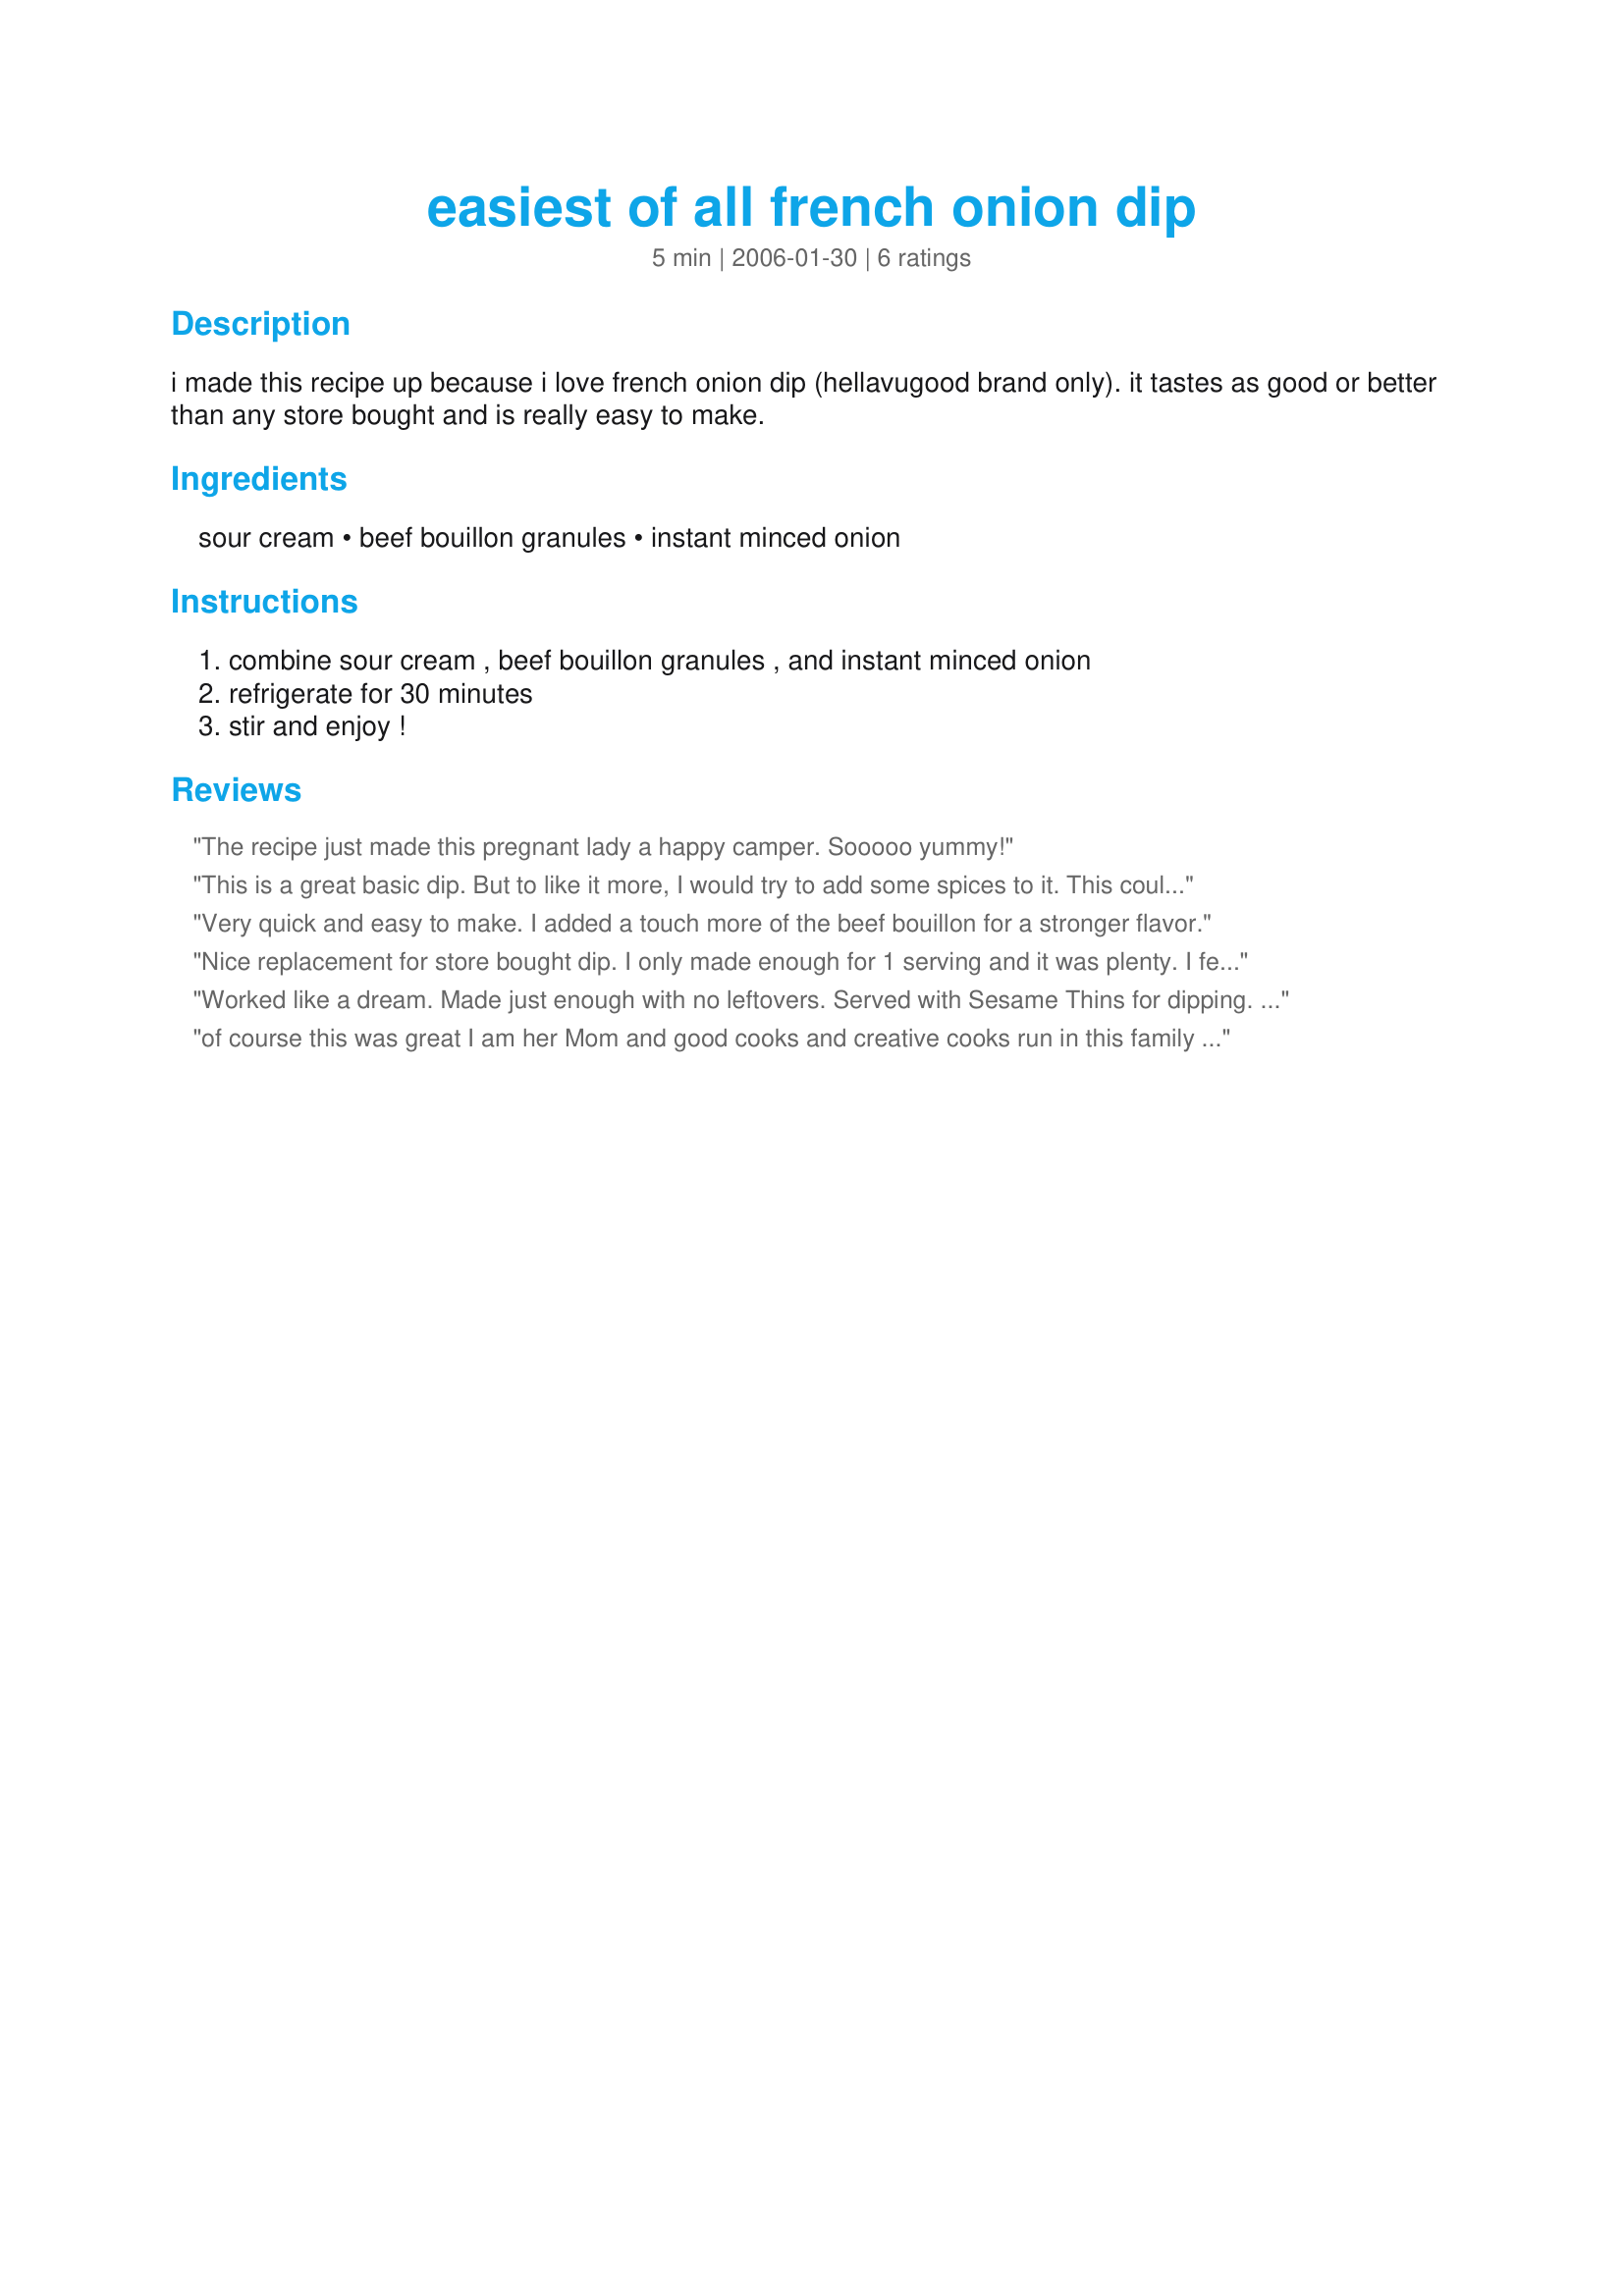
easiest of all french onion dip
Preparation time: 5 minutes

i made this recipe up because i love french onion dip (hellavugood brand only). it tastes as good or better than any store bought and is really easy to make.

Ingredients:
sour cream, beef bouillon granules, instant minced onion

Steps:
combine sour cream , beef bouillon granules , and instant minced onion, refrigerate for 30 minutes, stir and enjoy !

Reviews:
The recipe just made this pregnant lady a happy camper. Sooooo yummy!
This is a great basic dip. But to like it more, I would try to add some spices to it. This could be great to dip some fondue meat. Thanks Terri :) Made for Healthy tag game
Very quick and easy to make. I added a touch more of the beef bouillon for a stronger flavor.
Nice replacement for store bought dip. I only made enough for 1 serving and it was plenty. I felt it a bit on the salty side so next time I might try Better Than Beef Bouillion. Thanks for sharing this recipe. Made for Spring PAC 2010.
Worked like a dream. Made just enough with no leftovers. Served with Sesame Thins for dipping. Thank you, Terri.
of course this was great I am her Mom and good cooks and creative cooks run in this family
 Miss Harriette
